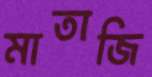
মাতাজি